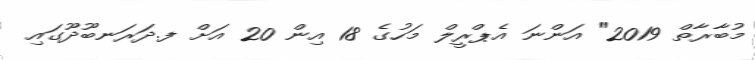
މުބާރާތް 2019" އަންނަ އެޕްރީލް މަހުގެ 18 އިން 20 އަށް ފ.ދަރަނބޫދޫގައި